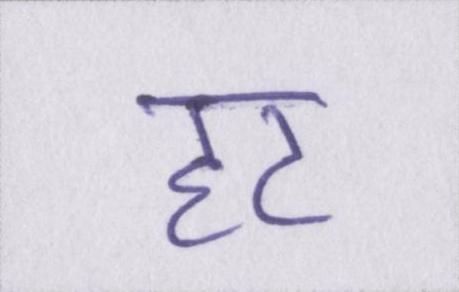
हट